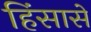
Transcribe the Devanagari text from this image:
हिंसासे